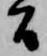
間